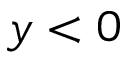
y < 0